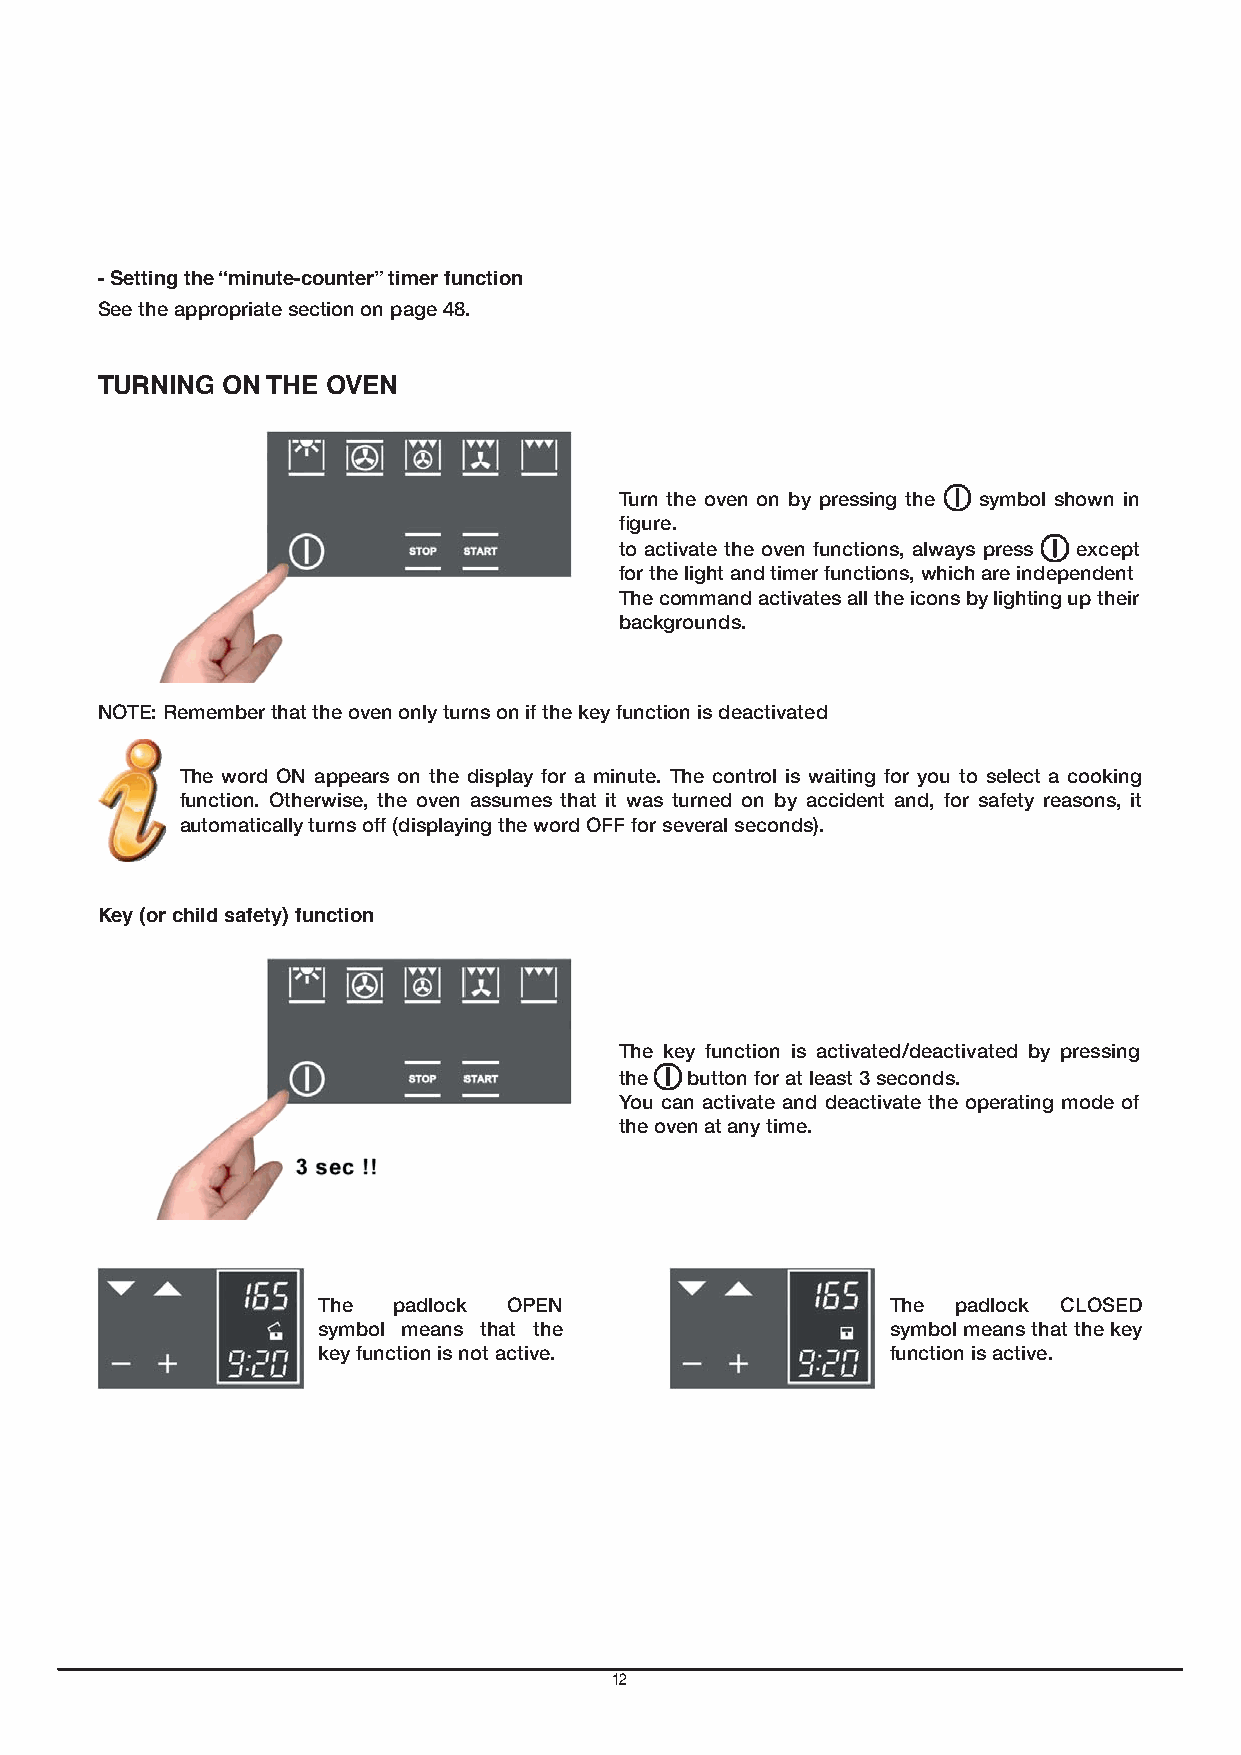
- Setting the “minute-counter” timer function
 See the appropriate section on page 48.
 TURNING  ON THE OVEN
 GB
 Turn the oven on by pressing the symbol shown in
 figure.
 to activate the oven functions, always press except
 for the light and timer functions, which are independent
 The command activates all the icons by lighting up their
 backgrounds.
 NOTE: Remember that the oven only turns on if the key function is deactivated
 The word ON appears on the display for a minute. The control is waiting for you to select a cooking
 function. Otherwise, the oven assumes that it was turned on by accident and, for safety reasons, it
 automatically turns off (displaying the word OFF for several seconds).
 Key (or child safety) function
 The key function is activated/deactivated by pressing
 the  button for at least 3 seconds.
 You can activate and deactivate the operating mode of
 the oven at any time.
 The  padlock OPEN                     The padlock CLOSED
 symbol means that the                 symbol means that the key
 key function is not active.           function is active.
 12